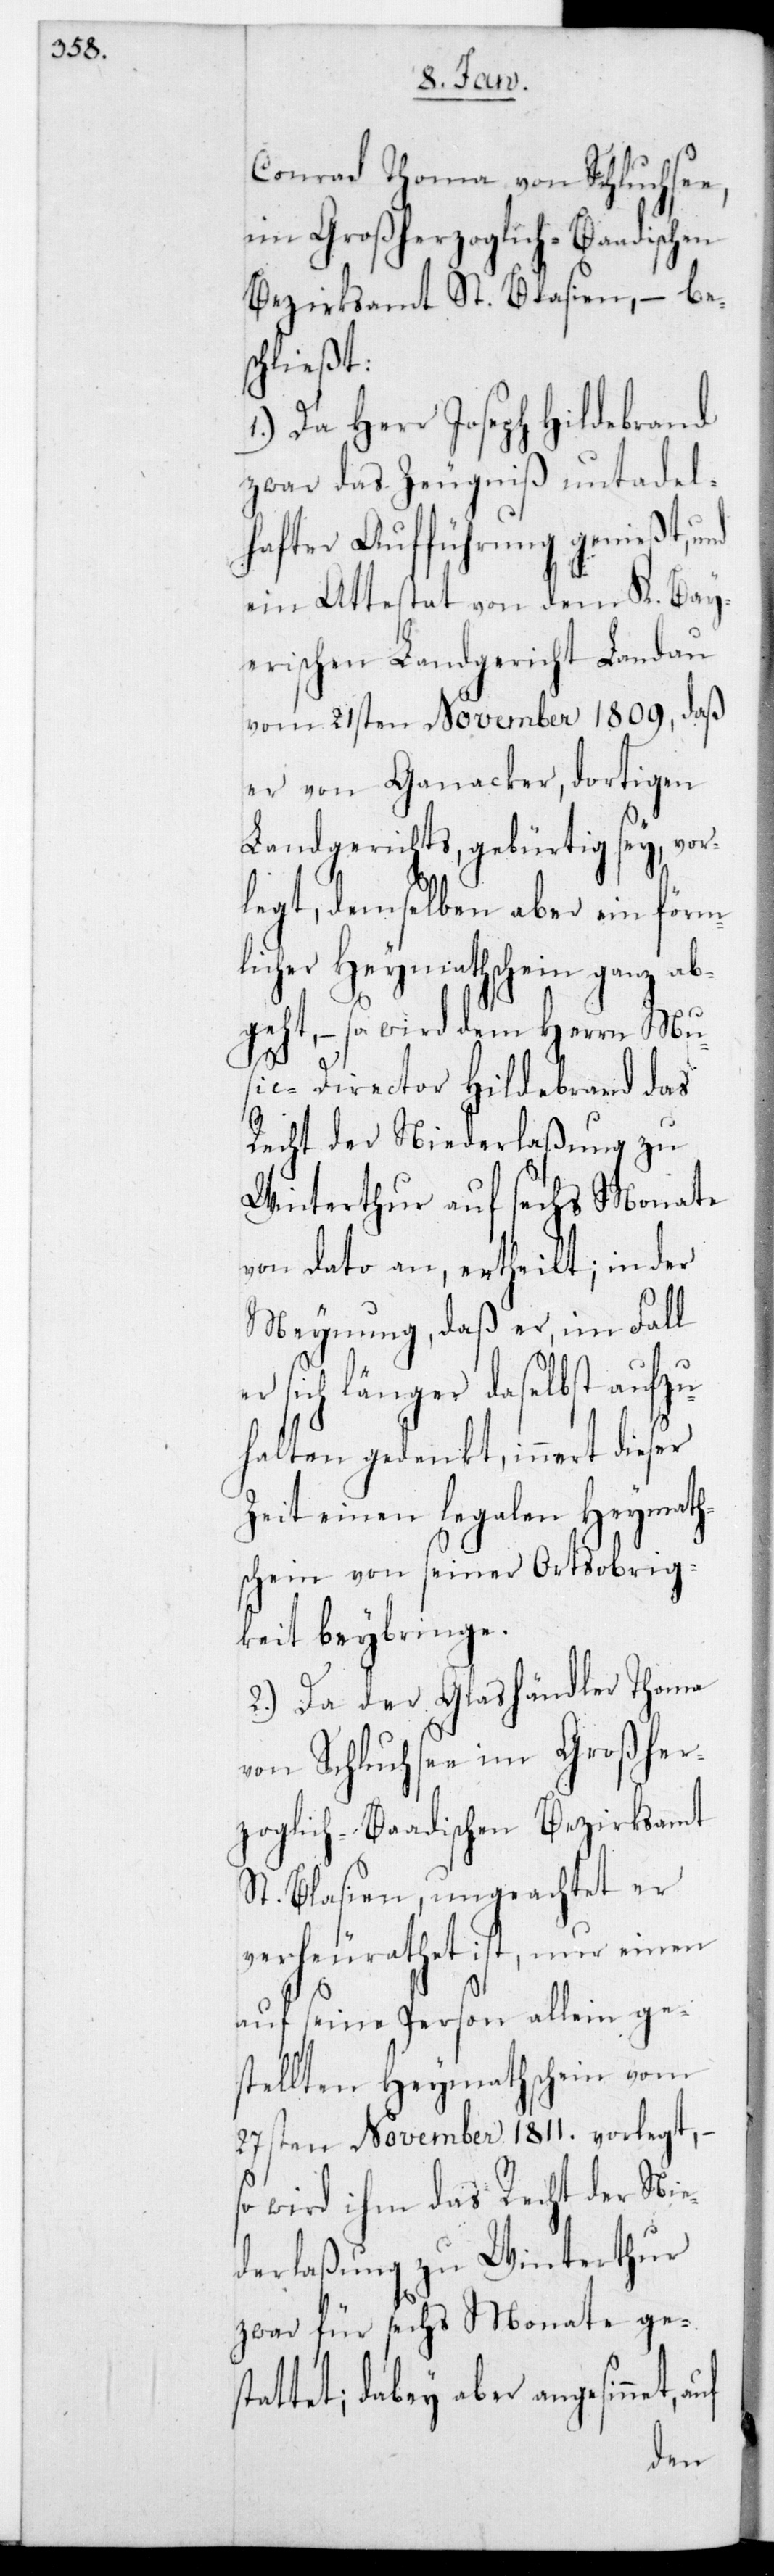
Conrad Thoma von Schluchsee,
im Großherzoglich-Baadischen
Bezirksamt St. Blasien, – be¬
schließt:
1.) Da Herr Joseph Hildebrand
zwar das Zeugniß untadel¬
hafter Aufführung genießt, und
ein Attestat von dem k.-bay¬
erischen Landgericht Landau
vom 21sten November 1809., daß
er von Ganacker, dortigen
Landgerichts gebürtig sey, vor¬
legt, demselben aber ein förm¬
licher Heymathschein ganz ab¬
geht, – so wird dem Herrn Mu¬
sic-Director Hildebrand das
Recht der Niederlaßung zu
Winterthur auf sechs Monate
von dato an ertheilt; in der
Meynung, daß er im Fall
sich länger daselbst aufzu¬
halten gedenkt, innert dieser
Zeit einen legalen Heymath¬
schein von seiner Ortsobrig¬
keit beybringe.
2.) Da der Glashändler Thoma
von Schluchsee im Großher¬
zoglich-Baadischen Bezirksamt
St. Blasien, ungeachtet er
verheurathet ist, nur einen
auf seine Person allein ge¬
stellten Heymathschein vom
27sten November 1811. vorlegt, –
so wird ihm das Recht der Nie¬
derlaßung zu Winterthur
zwar für sechs Monate ges¬
tattet, dabey aber angesinnet,